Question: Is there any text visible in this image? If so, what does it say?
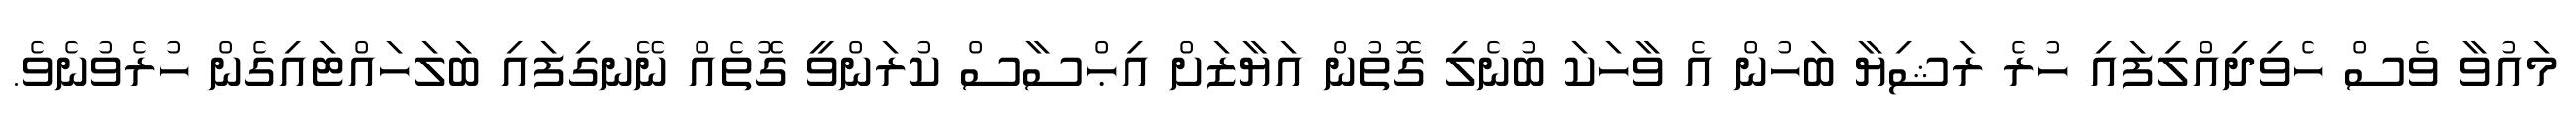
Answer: މައުވާ ވެސް ހެވިދިއްލިފައި ހުރެ ރަޝިޔާ ބަހުން އެ ވާހަކަ ބުނެލި ގޮތުން އަޔާޒަށް އިޙްސާސް ކުރަންވީ ގޮތެއް ނޭނގިފައި ބަލަހައްޓައިގެން ހުރެވުނެވެ.